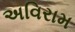
અવિરામ